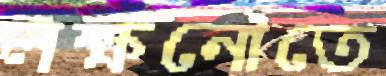
লক্ষনৌতে